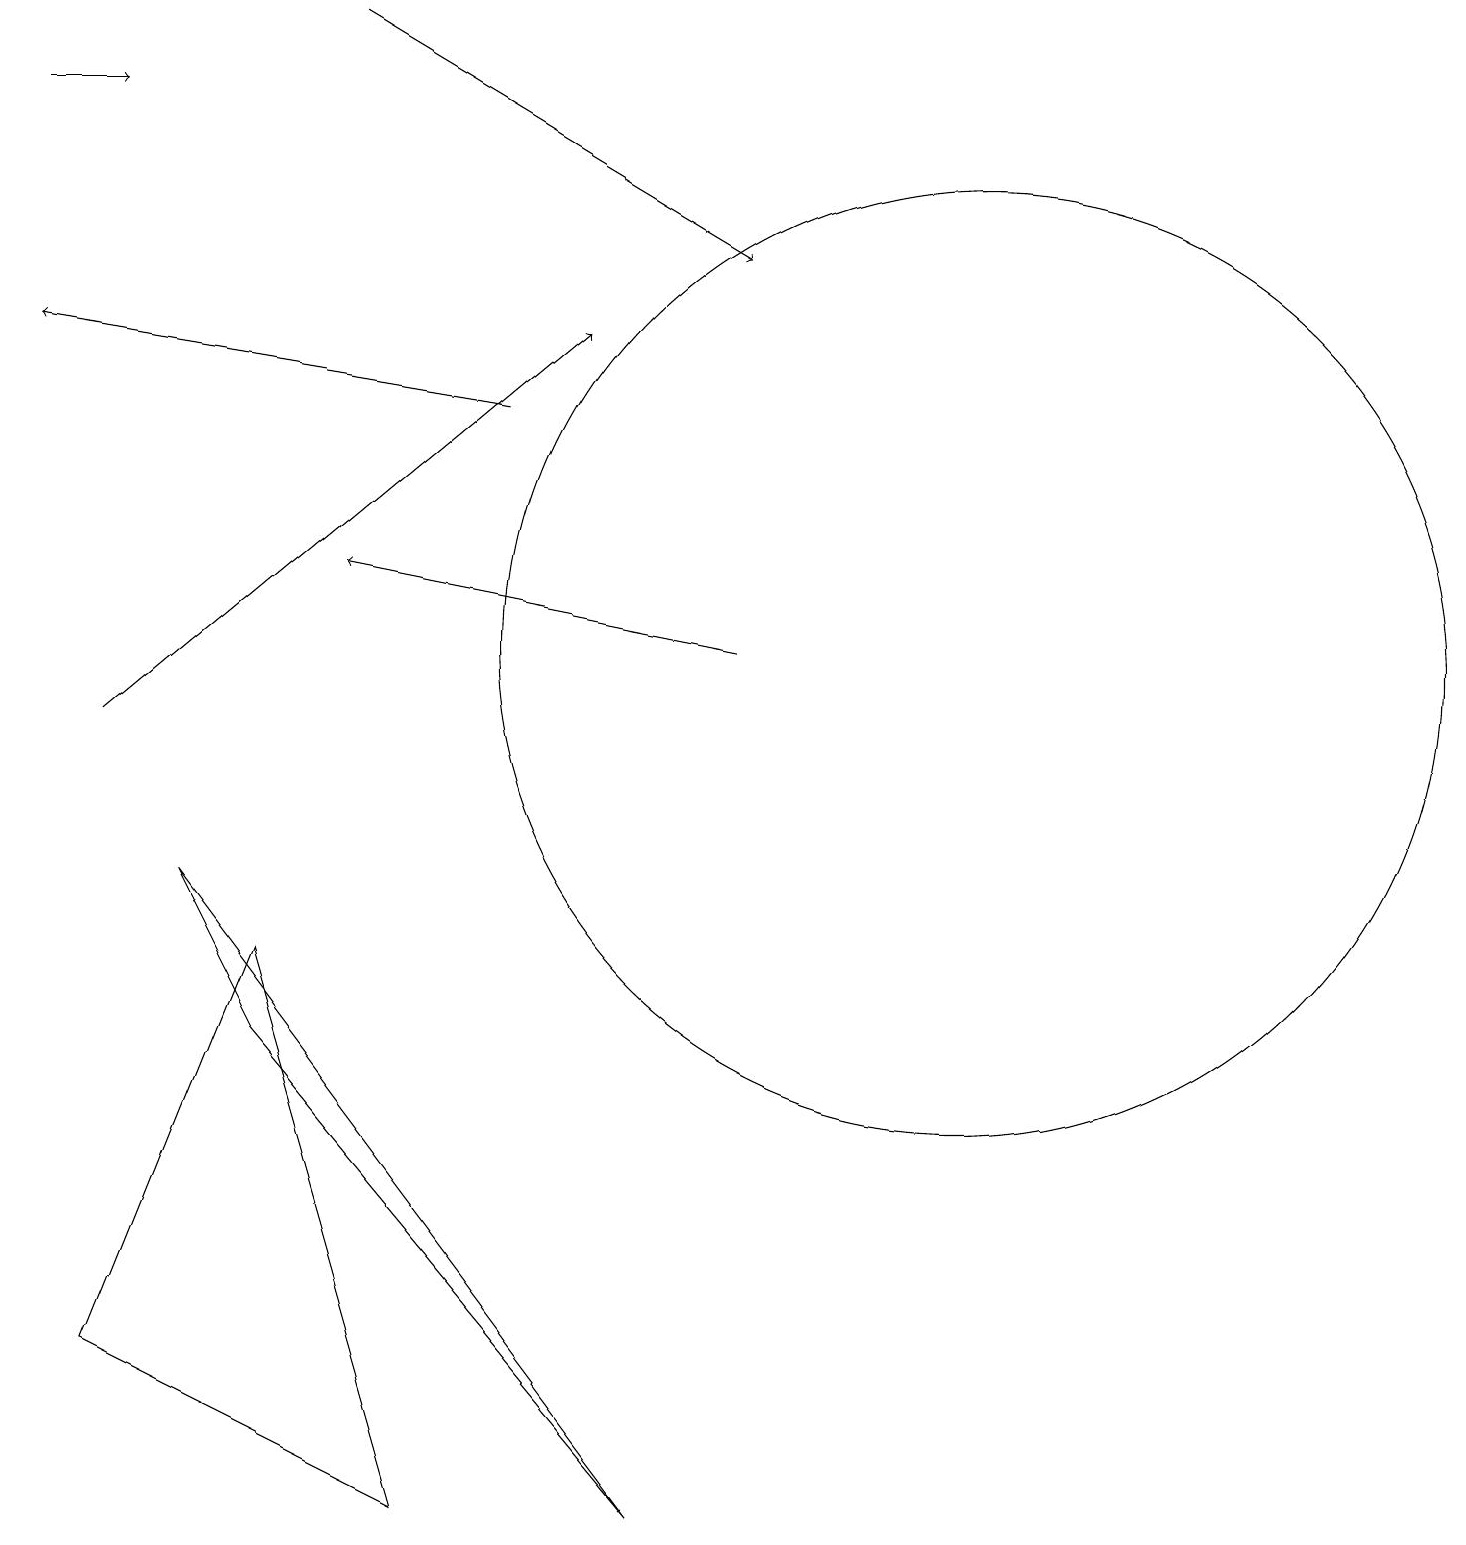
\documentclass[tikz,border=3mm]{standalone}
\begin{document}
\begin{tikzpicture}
\draw[->] (4,19) -- (9,16);
\draw[->] (6,14) -- (0,15);
\draw (3,7) -- (1,2) -- (5,0) -- cycle;
\draw (2,8) -- (8,0) -- (3,6) -- cycle;
\draw[->] (0,18) -- (1,18);
\draw (12,11) circle (6);
\draw[->] (9,11) -- (4,12);
\draw[->] (1,10) -- (7,15);
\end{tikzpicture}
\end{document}